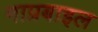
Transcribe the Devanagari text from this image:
माप्रबाइल